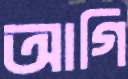
আগি